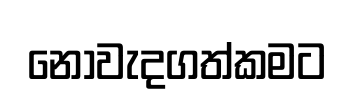
නොවැදගත්කමට